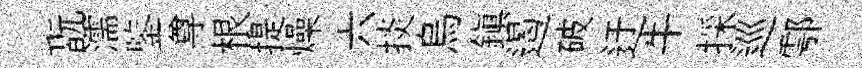
翫濡鍳尊根提燥六掞烏鎭遏破迂牛採巡鄠